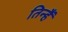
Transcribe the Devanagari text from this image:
तिन्‍हैं